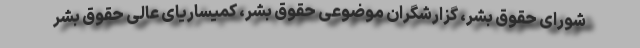
شورای حقوق بشر، گزارشگران موضوعی حقوق بشر، کمیساریای عالی حقوق بشر